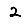
Digit: 2